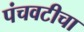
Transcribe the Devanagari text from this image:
पंचवटीचा